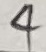
Text: 4